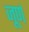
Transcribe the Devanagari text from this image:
जूर्ण